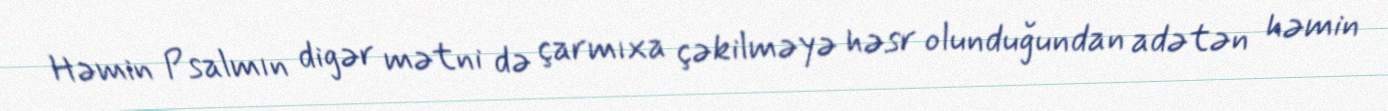
Həmin Psalmın digər mətni də çarmıxa çəkilməyə həsr olunduğundan adətən həmin